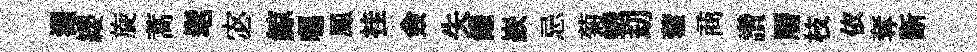
淵纓旋蒿髦宓鯨囑鳳挂僉失饞嶔忌菊蛾刧藿商讚曆枝依奪㫁